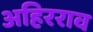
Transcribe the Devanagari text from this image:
अहिरराव